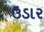
ઉડાર